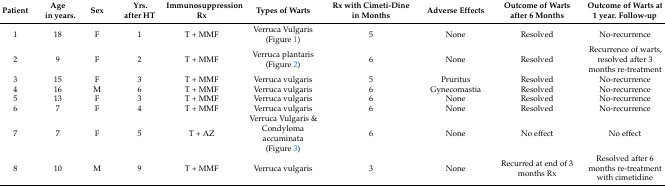
<table><thead><tr><td><b>Patient</b></td><td><b>Age in years.</b></td><td><b>Sex</b></td><td><b>Yrs. after HT</b></td><td><b>Immunosuppression Rx</b></td><td><b>Types of Warts</b></td><td><b>Rx with Cimeti-Dine in Months</b></td><td><b>Adverse Effects</b></td><td><b>Outcome of Warts after 6 Months </b></td><td><b>Outcome of Warts at 1 year. Follow-up </b></td></tr></thead><tbody><tr><td>1</td><td>18</td><td>F</td><td>1</td><td>T + MMF</td><td>Verruca Vulgaris (Figure 1)</td><td>5</td><td>None</td><td>Resolved</td><td>No-recurrence</td></tr><tr><td>2</td><td>9</td><td>F</td><td>2</td><td>T + MMF</td><td>Verruca plantaris (Figure 2)</td><td>6</td><td>None</td><td>Resolved</td><td>Recurrence of warts, resolved after 3 months re-treatment</td></tr><tr><td>3</td><td>15</td><td>F</td><td>3</td><td>T + MMF</td><td>Verruca vulgaris</td><td>5</td><td>Pruritus</td><td>Resolved</td><td>No-recurrence</td></tr><tr><td>4</td><td>16</td><td>M</td><td>6</td><td>T + MMF</td><td>Verruca vulgaris</td><td>6</td><td>Gynecomastia</td><td>Resolved</td><td>No-recurrence</td></tr><tr><td>5</td><td>13</td><td>F</td><td>3</td><td>T + MMF</td><td>Verruca vulgaris</td><td>6</td><td>None</td><td>Resolved</td><td>No-recurrence</td></tr><tr><td>6</td><td>7</td><td>F</td><td>4</td><td>T + MMF</td><td>Verruca vulgaris</td><td>6</td><td>None</td><td>Resolved</td><td>No-recurrence</td></tr><tr><td>7</td><td>7</td><td>F</td><td>5</td><td>T + AZ</td><td>Verruca Vulgaris &amp; Condyloma accuminata (Figure 3)</td><td>6</td><td>None</td><td>No effect</td><td>No effect</td></tr><tr><td>8</td><td>10</td><td>M</td><td>9</td><td>T + MMF</td><td>Verruca vulgaris</td><td>3</td><td>None</td><td>Recurred at end of 3 months Rx</td><td>Resolved after 6 months re-treatment with cimetidine</td></tr></tbody></table>